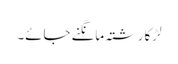
لڑکا رشتہ مانگنے جائے۔